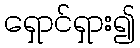
ရှောင်ရှား၍